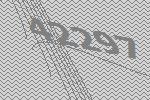
42297